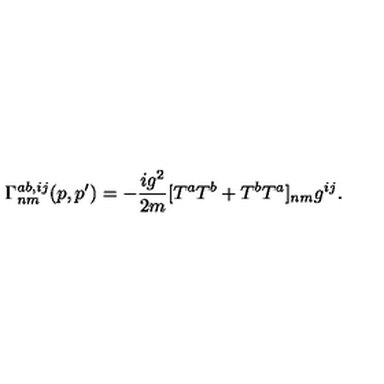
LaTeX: \Gamma _ { n m } ^ { a b , i j } ( p , p ^ { \prime } ) = - \frac { i g ^ { 2 } } { 2 m } [ T ^ { a } T ^ { b } + T ^ { b } T ^ { a } ] _ { n m } g ^ { i j } .